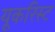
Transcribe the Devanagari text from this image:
यूकरिस्ट